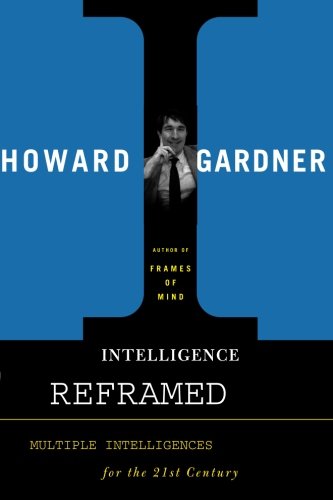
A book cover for Intelligence Reframed: Multiple Intelligences for the 21st Century; Howard E. Gardner; Medical Books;